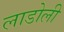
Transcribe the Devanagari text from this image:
लाडोली